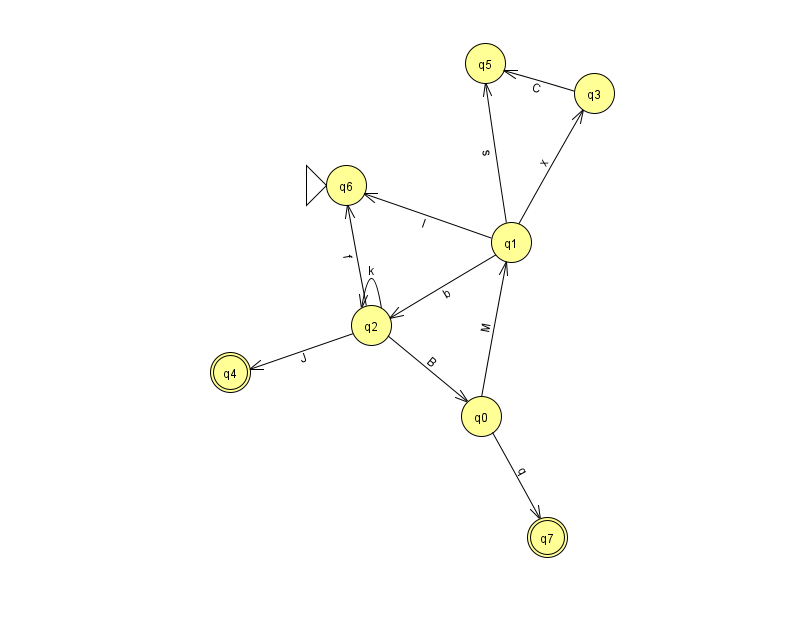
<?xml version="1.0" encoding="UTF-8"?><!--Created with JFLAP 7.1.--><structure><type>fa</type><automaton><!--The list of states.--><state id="0" name="q0"><x>481.0</x><y>403.0</y></state><state id="1" name="q1"><x>511.0</x><y>229.0</y></state><state id="2" name="q2"><x>371.0</x><y>312.0</y></state><state id="3" name="q3"><x>594.0</x><y>80.0</y></state><state id="4" name="q4"><x>230.0</x><y>359.0</y><final/></state><state id="5" name="q5"><x>485.0</x><y>50.0</y></state><state id="6" name="q6"><x>346.0</x><y>172.0</y><initial/></state><state id="7" name="q7"><x>547.0</x><y>524.0</y><final/></state><!--The list of transitions.--><transition><from>3</from><to>5</to><read>C</read></transition><transition><from>1</from><to>3</to><read>x</read></transition><transition><from>2</from><to>6</to><read>f</read></transition><transition><from>1</from><to>6</to><read>I</read></transition><transition><from>2</from><to>4</to><read>J</read></transition><transition><from>1</from><to>2</to><read>b</read></transition><transition><from>1</from><to>5</to><read>s</read></transition><transition><from>2</from><to>0</to><read>B</read></transition><transition><from>2</from><to>2</to><read>k</read></transition><transition><from>0</from><to>1</to><read>M</read></transition><transition><from>0</from><to>7</to><read>q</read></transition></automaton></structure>